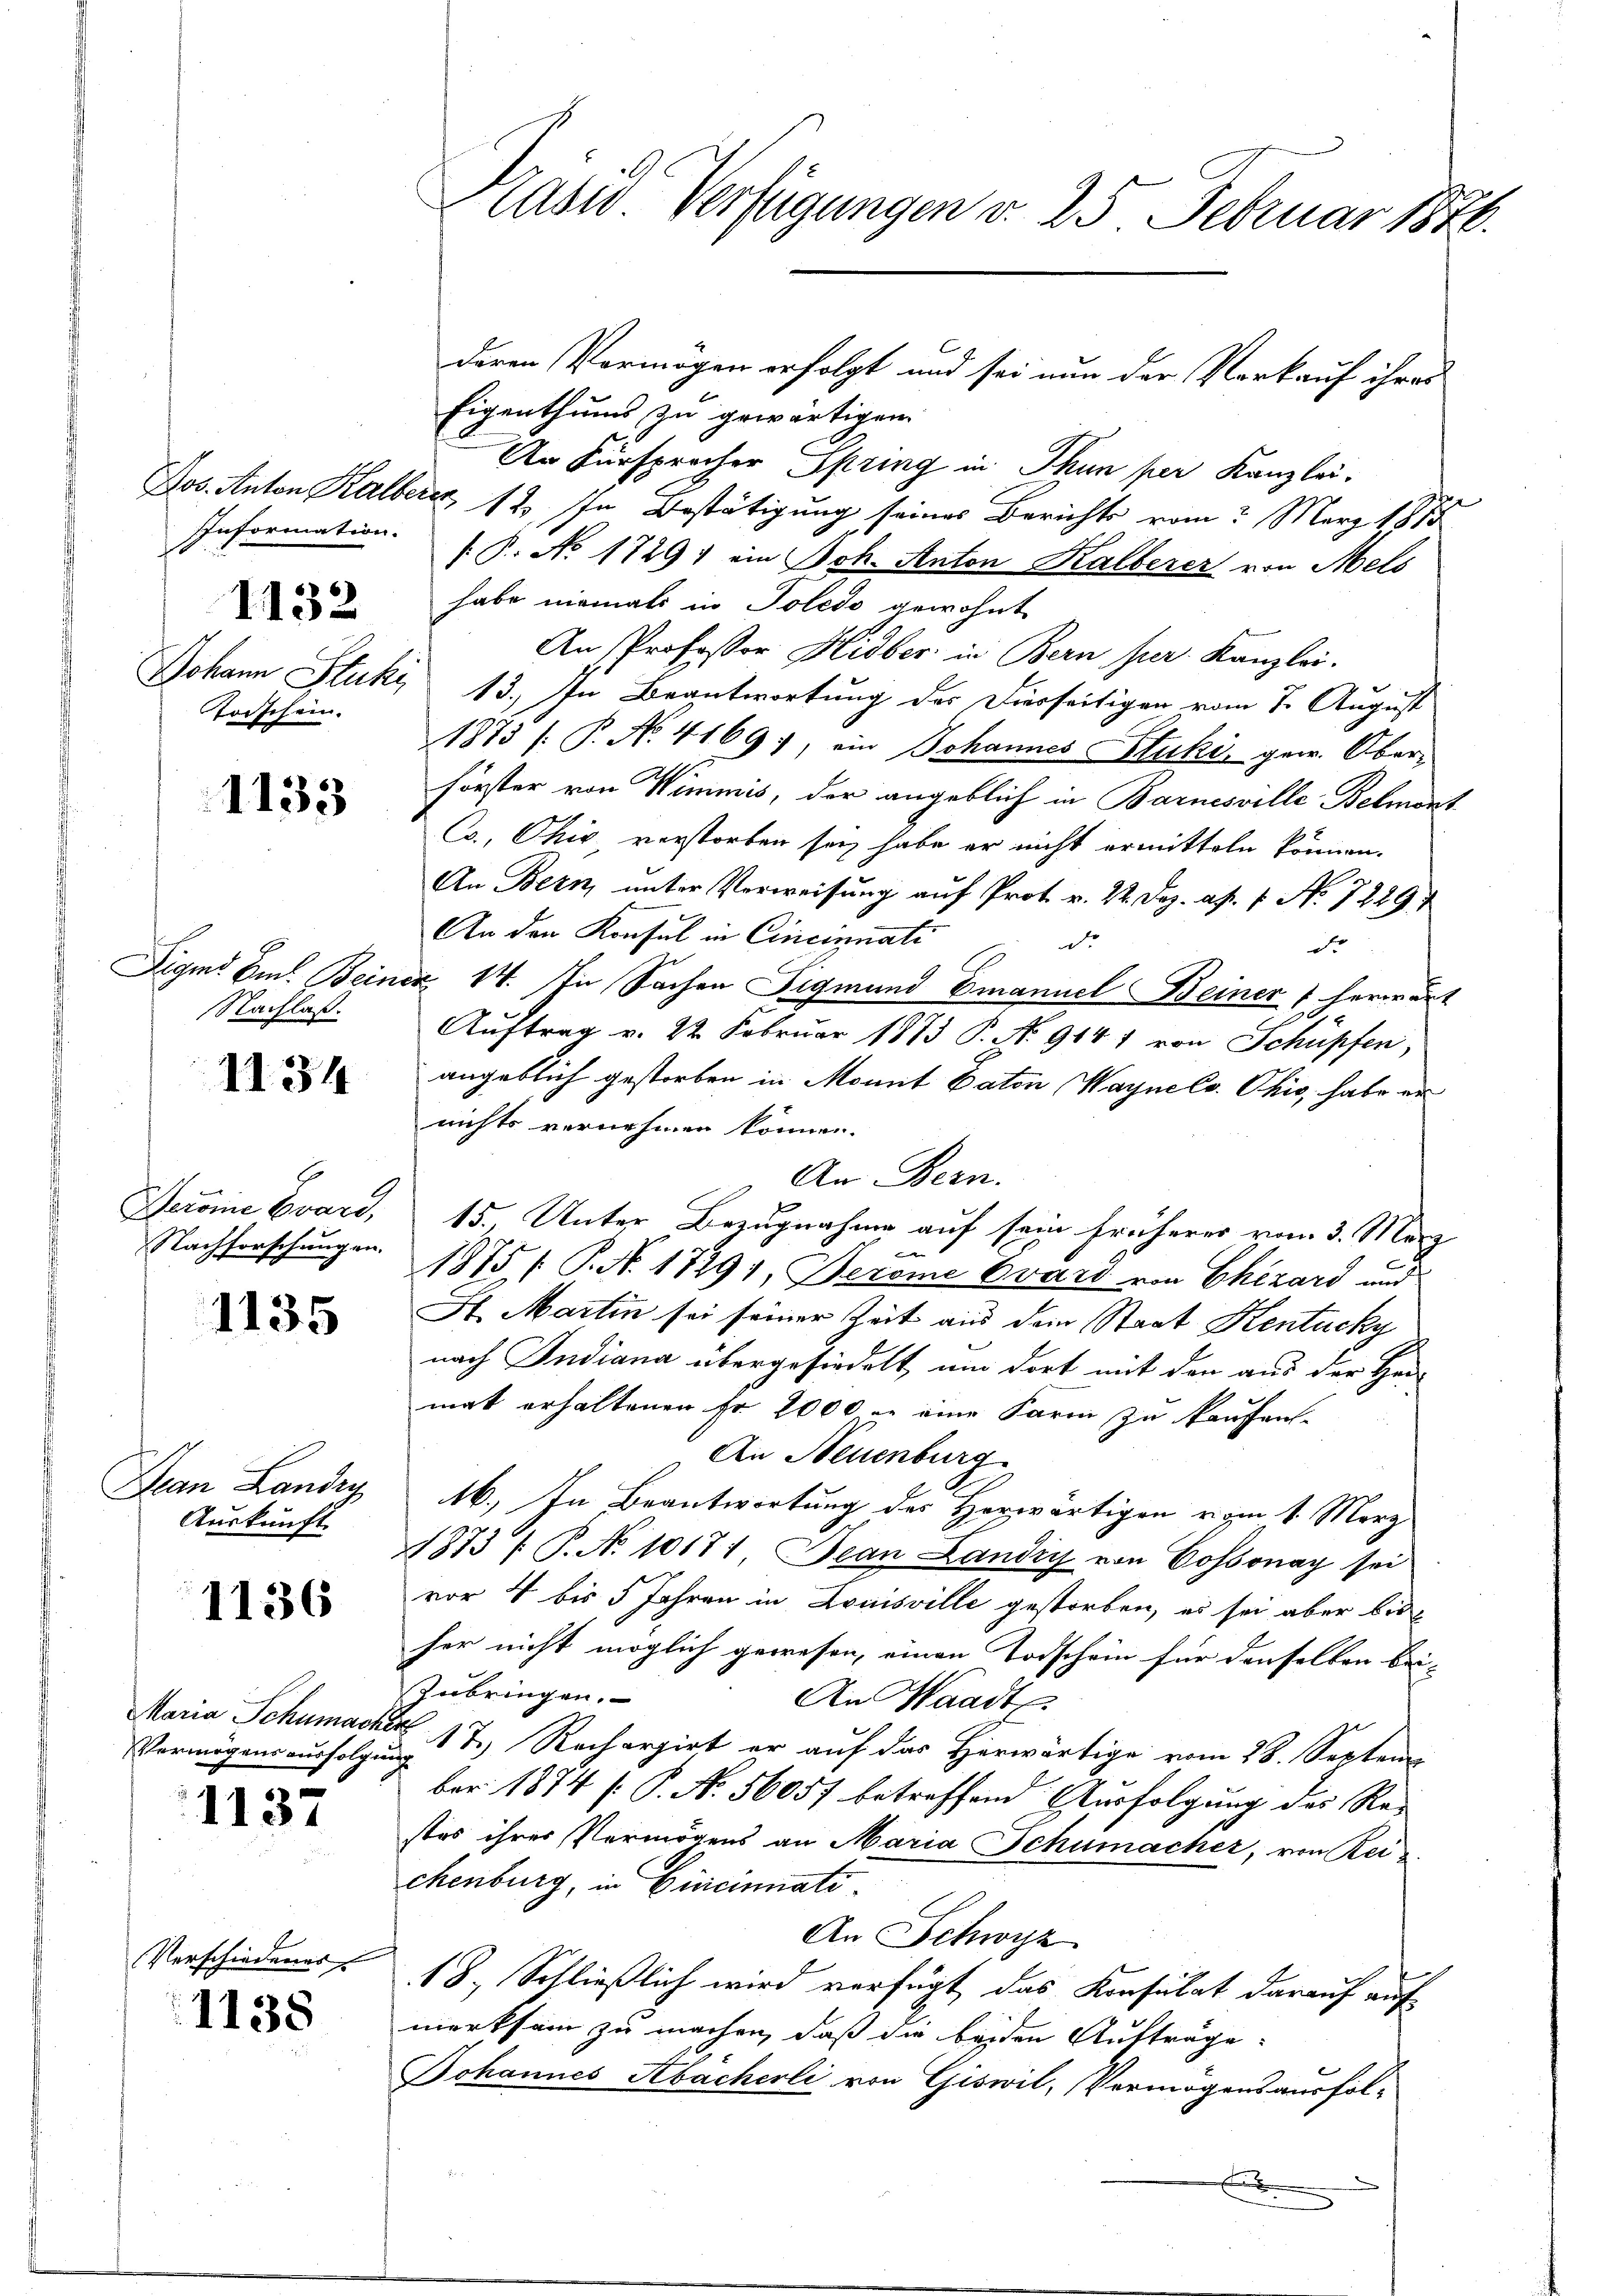
IInformation.

1132

Torschein.

1133

Nachlaß.

II34

E
Heroine Evard,
Nachforschungen.

1135

Dean Landry
Auskunft.

1136

Maria Schumach
Vermögens ausfolgen

1137

Verschiedenes

1138

Präsid Verfügungen v. 25 Februar 1848.

Eigenthums zu gewärtigen.
An Fürsprocher Spring in Thun per Kanzlei.
Jos. Anton Kalber, 12. In Bestätigung seines Berichts vom März 1815
/B. No 1729) ein Joh. Anton Kalberer von Mels
habe niemali in Poledo gewohnt
An Professor Hidber in Bern per Kanzlei.
Johann Stuki 13. In Beantwortung des Dierseitigen vom 7. August
1873 /: P. No. 4169), ein Johannes Atuki, gew. Ober-
.
Förster von Wimmis, der angeblich in Barnesville Belmant
Co., Ohio, verstorben sei habe er nicht ermitteln können.
An Bern, unter Verweisung auf Prot. v. 22. Dez. ap. 1. No 72297
An den Konsul in Cincinnati
de
d
Sigmd Ems. Beiner 14. In Sachen Sigmund Emanuel Beiner 1 herwärt
e
Auftrag v. 22 Februar 1873 P. No 914 1 von Schüpfen,
angeblich gestorben in Monnt Caton Wayne Co. Ohio, habe er
nichts vernehmen können.
An Bern.
15., Unter Bezugnahme auf sein früherer vom 3. März
1875 / P. N. 17291, Bereie Evard von Chizard und
H. Martin sei seiner Zeit aus dem Staat Kentucky
nach Indiana übergesiedelt, um dort mit den aus der Han-
mat erhaltenen Er 2000 in eine Farm zu kaufen.
An Neuenburg
46. In Beantwortung des Herwärtigen vom 1. Merz
1873/ P. No 10171 Jean Landig von Cossonay sei
vor 4 bis 5 Jahren in Louisville gestorben, es sei aber bis
her nicht möglich gewesen, einen Todschein für denselben bei-
zubringen.
An Waadt
t
1 & Rechargirt er auf das Herwärtige vom 28. Septem
i
ber 1874 [P. N. 56057 betreffend Ausfolgung des Re-
stes ihres Vermögens an Maria Schumacher, von Reichenburg, in Gurcinnati¬
An Schwyz
18., Schließlich wird verfügt das Konsulat darauf auf
merksam zu machen, daß die beiden Aufträge
Johannes Abächerli von Giswil, Vermögensausfol-
E

deren Vermögen erfolgt und sei nun der Vorkauf ihres